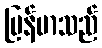
မြန်မာသည်